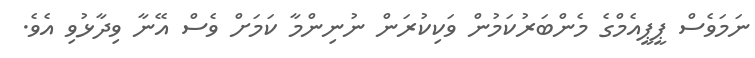
ނަމަވެސް ޕީޕީއެމްގެ މެންބަރުކަމުން ވަކިކުރަން ނުނިންމާ ކަމަށް ވެސް އޭނާ ވިދާޅުވި އެެވެ.